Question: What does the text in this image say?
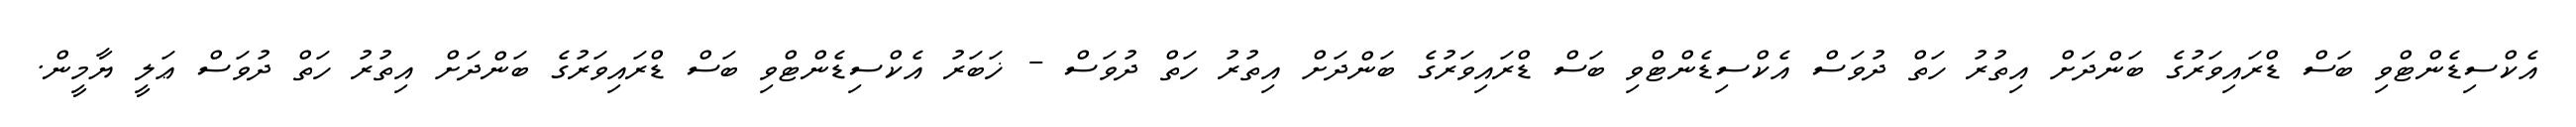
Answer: އެކްސިޑެންޓްވި ބަސް ޑްރައިވަރުގެ ބަންދަށް އިތުރު ހަތް ދުވަސް އެކްސިޑެންޓްވި ބަސް ޑްރައިވަރުގެ ބަންދަށް އިތުރު ހަތް ދުވަސް - ޚަބަރު އެކްސިޑެންޓްވި ބަސް ޑްރައިވަރުގެ ބަންދަށް އިތުރު ހަތް ދުވަސް ޢަލީ ޔާމީން.